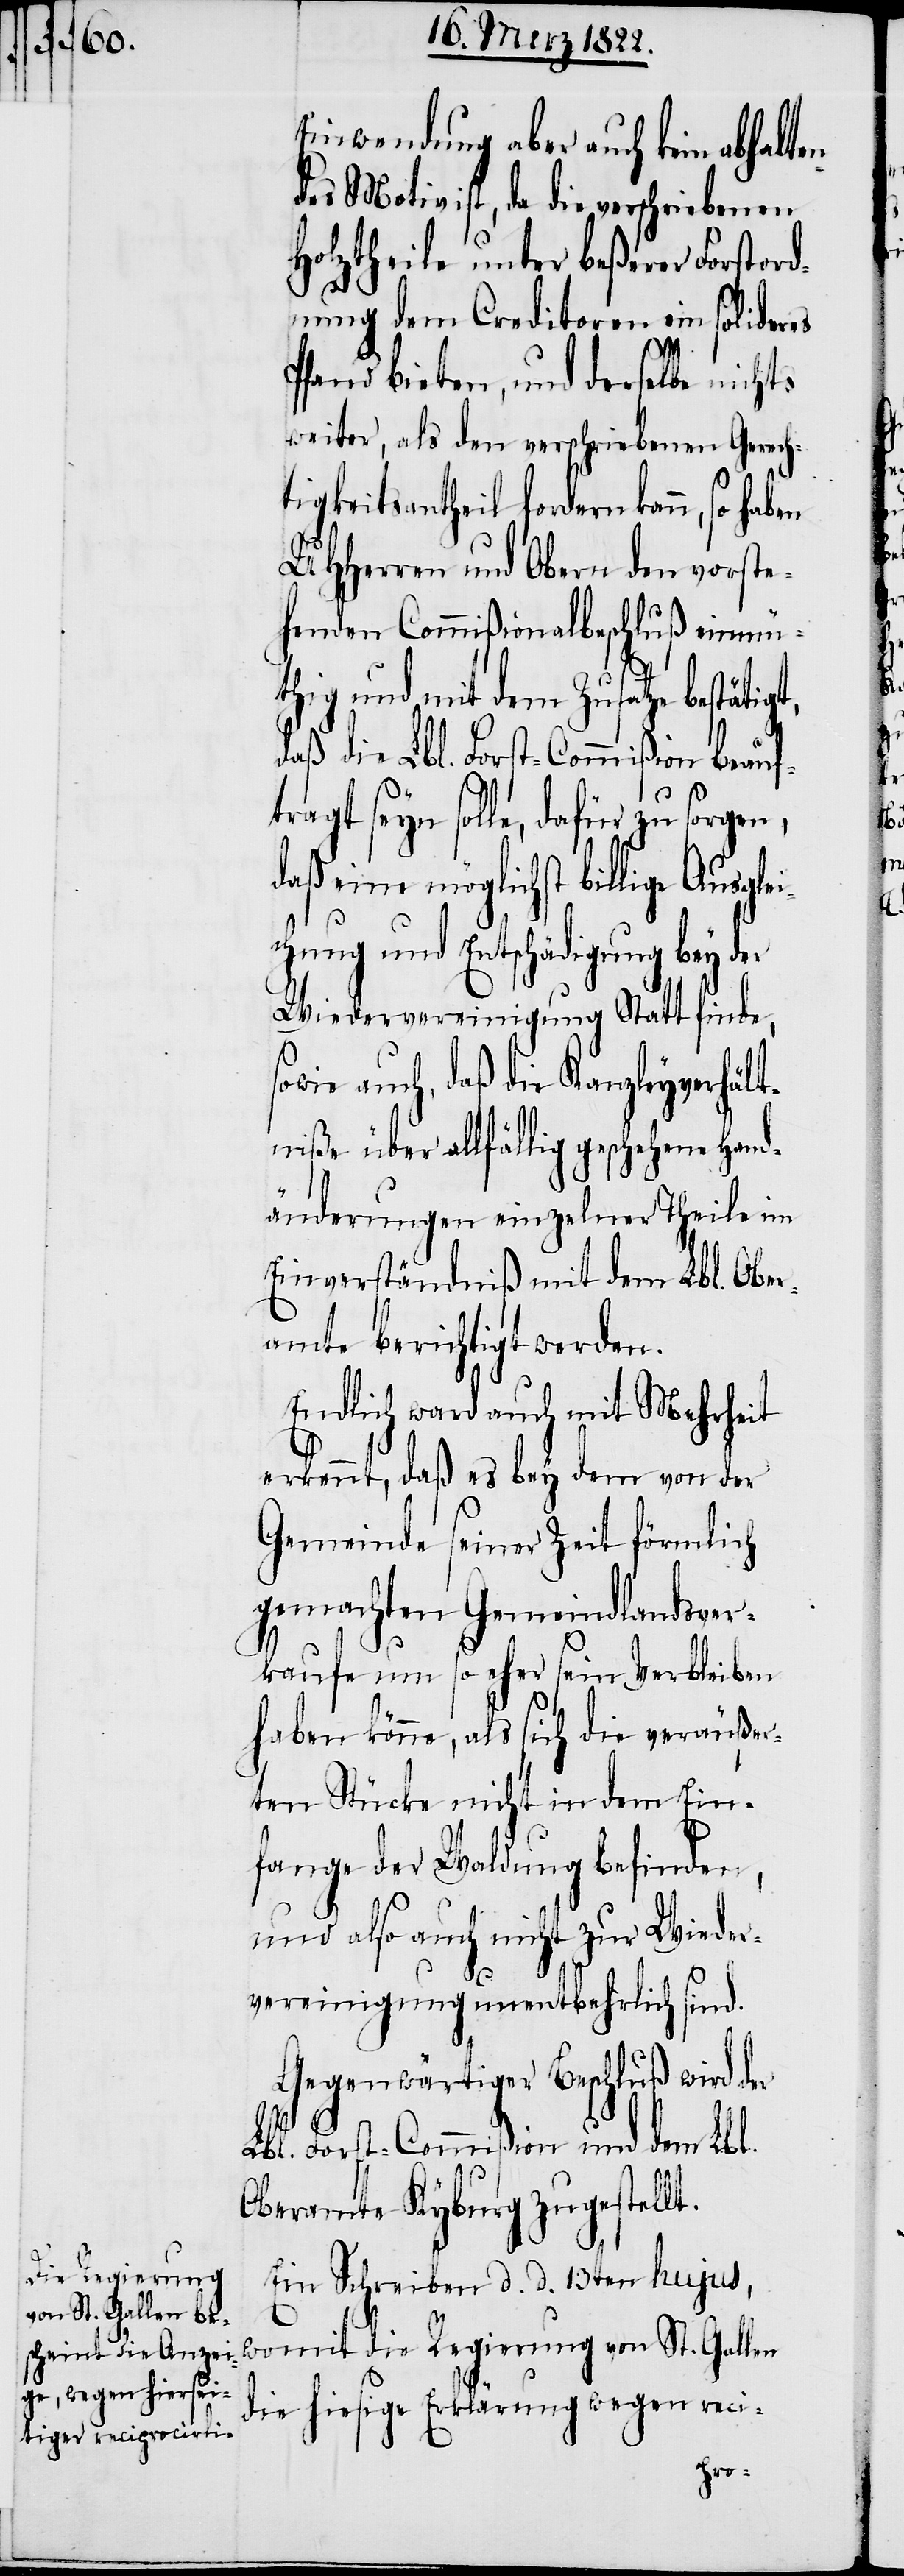
Einwendung aber auch kein abhalt¬
des Motiv ist, da die verschriebenen
Holztheile unter beßerer Forstord¬
nung dem Creditoren ein solideres
t,
Pfand bieten, und derselbe nichts
weiter, als den verschriebenen Gerech¬
tigkeitsantheil fordern kann, so haben
UHHerren und Obern den vorste¬
henden Commißionalbeschluß einmü¬
thig und mit dem Zusatze bestätig¬
daß die Lbl. Forst-Commißion beauf¬
tragt seyn sollte, dafür zu sorgen,
daß eine möglichst billige Ausgle¬
ichung und Entschädigung bey der
Wiedervereinigung Statt finde,
sowie auch, daß die Kanzleyverhält¬
niße über allfällig geschehene
änderungen einzelner Theile im
Einverständniß mit dem Lbl. Ober¬
amte berichtigt werden.
Endlich ward auch mit Mehrheit
erkennt, daß es bey dem von der
Gemeinde seiner Zeit förmlich
gemachten Gemeindlandsver¬
kaufe um so eher sein Verbleiben
haben könne, als sich die veräußer¬
ten Stücke nicht in dem Ein¬
fange der Waldung befinden,
und also auch nicht zur Wieder¬
vereinigung unentbehrlich sind.
Gegenwärtiger Beschluß wird der
Lbl. Forst-Commißion und dem Lbl.
Oberamte Kyburg zugestellt.
Ein Schreiben d. d. 13ten hujus,
womit die Regierung von St. Gallen
die hiesige Erklärung wegen reci-
Hand¬